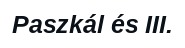
Paszkál és III.